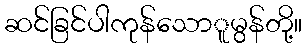
ဆင်ခြင်ပါကုန်သောူမွန်တို့။